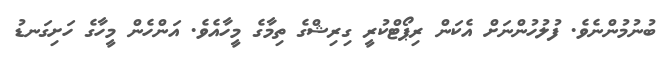
ބުނުމުންނެވެ. ފުލުހުންނަށް އެކަން ރިޕޯޓްކުރީ ގިރިޝްގެ ތިމާގެ މީހާއެވެ. އަންހެން މީހާގެ ހަށިގަނޑު